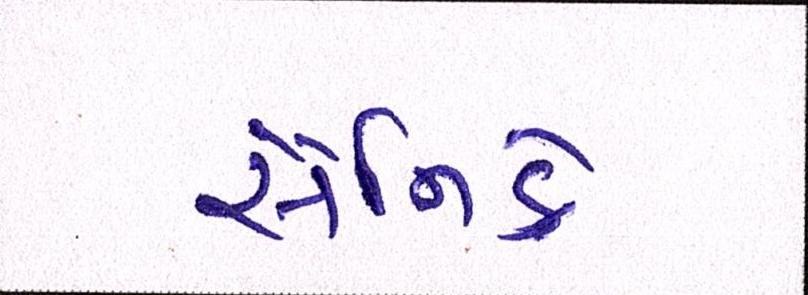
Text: સૈનિકે